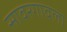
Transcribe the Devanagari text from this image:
सावरगावला